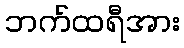
ဘက်ထရီအား